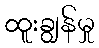
ထူးချွန်မှု